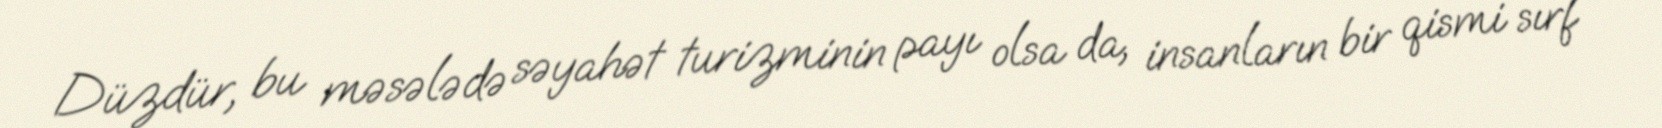
Düzdür, bu məsələdə səyahət turizminin payı olsa da, insanların bir qismi sırf